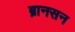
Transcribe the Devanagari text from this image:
ब्रानसन